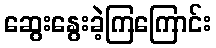
ဆွေးနွေးခဲ့ကြကြောင်း